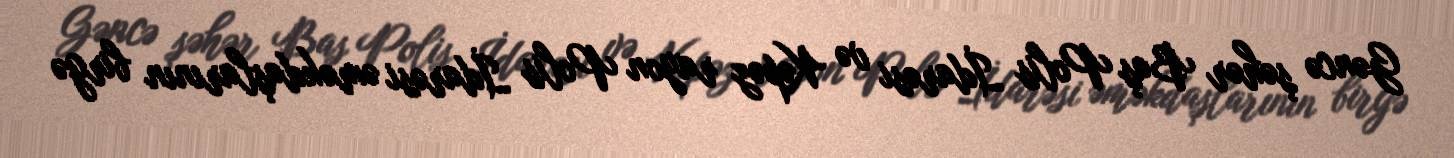
Gəncə şəhər Baş Polis İdarəsi və Kəpəz rayon Polis İdarəsi əməkdaşlarının birgə